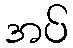
အပ်